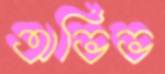
অভিভ